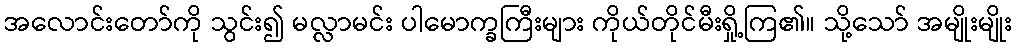
အလောင်းတော်ကို သွင်း၍ မလ္လာမင်း ပါမောက္ခကြီးများ ကိုယ်တိုင်မီးရှို့ကြ၏။ သို့သော် အမျိုးမျိုး